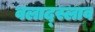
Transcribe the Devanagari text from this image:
वलाद्स्लाव